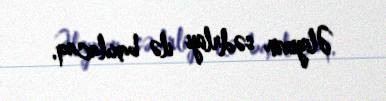
Əliyevin sədrliyi ilə baxılacaq.